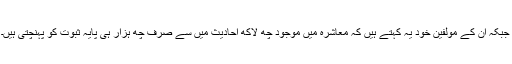
جبکہ ان کے مولفین خود یہ کہتے ہیں کہ معاشرہ میں موجود چھ لاکھ احادیث میں سے صرف چھ ہزار ہی پایہ ثبوت کو پہنچتی ہیں۔